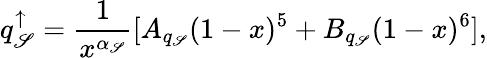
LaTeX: q_{\mathscr{S}}^{\uparrow}=\frac{{1}}{{x^{\alpha_{\mathscr{S}}}}}[A_{q_{\mathscr{S}}}(1-x)^{5}+B_{q_{\mathscr{S}}}(1-x)^{6}],